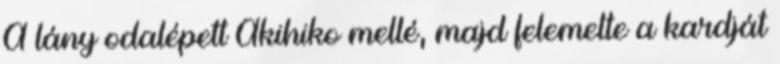
A lány odalépett Akihiko mellé, majd felemelte a kardját